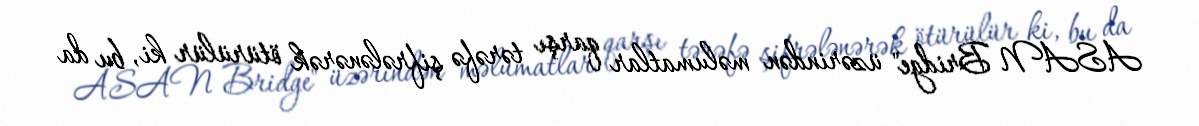
ASAN Bridge" üzərindən məlumatlar qarşı tərəfə şifrələnərək ötürülür ki, bu da